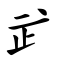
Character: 㱐